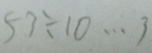
5 3 \div 1 0 \cdots 3